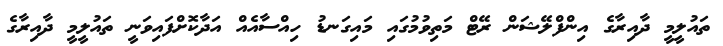
ތައުލީމީ ދާއިރާގެ އިންފްލޭޝަން ރޭޓް މަތިވުމުގައި މައިގަނޑު ހިއްސާއެއް އަދާކޮށްފައިވަނީ ތައުލީމީ ދާއިރާގެ